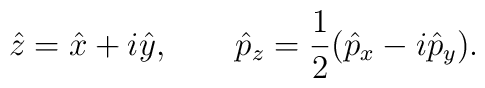
\hat{z}=\hat{x}+i\hat{y},\qquad  \hat{p}_z =\frac{1}{2} (\hat{p}_x -i\hat{p}_y).